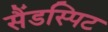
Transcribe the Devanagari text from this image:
सैंडस्पिट